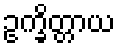
ဥက္ခိတ္တာယ